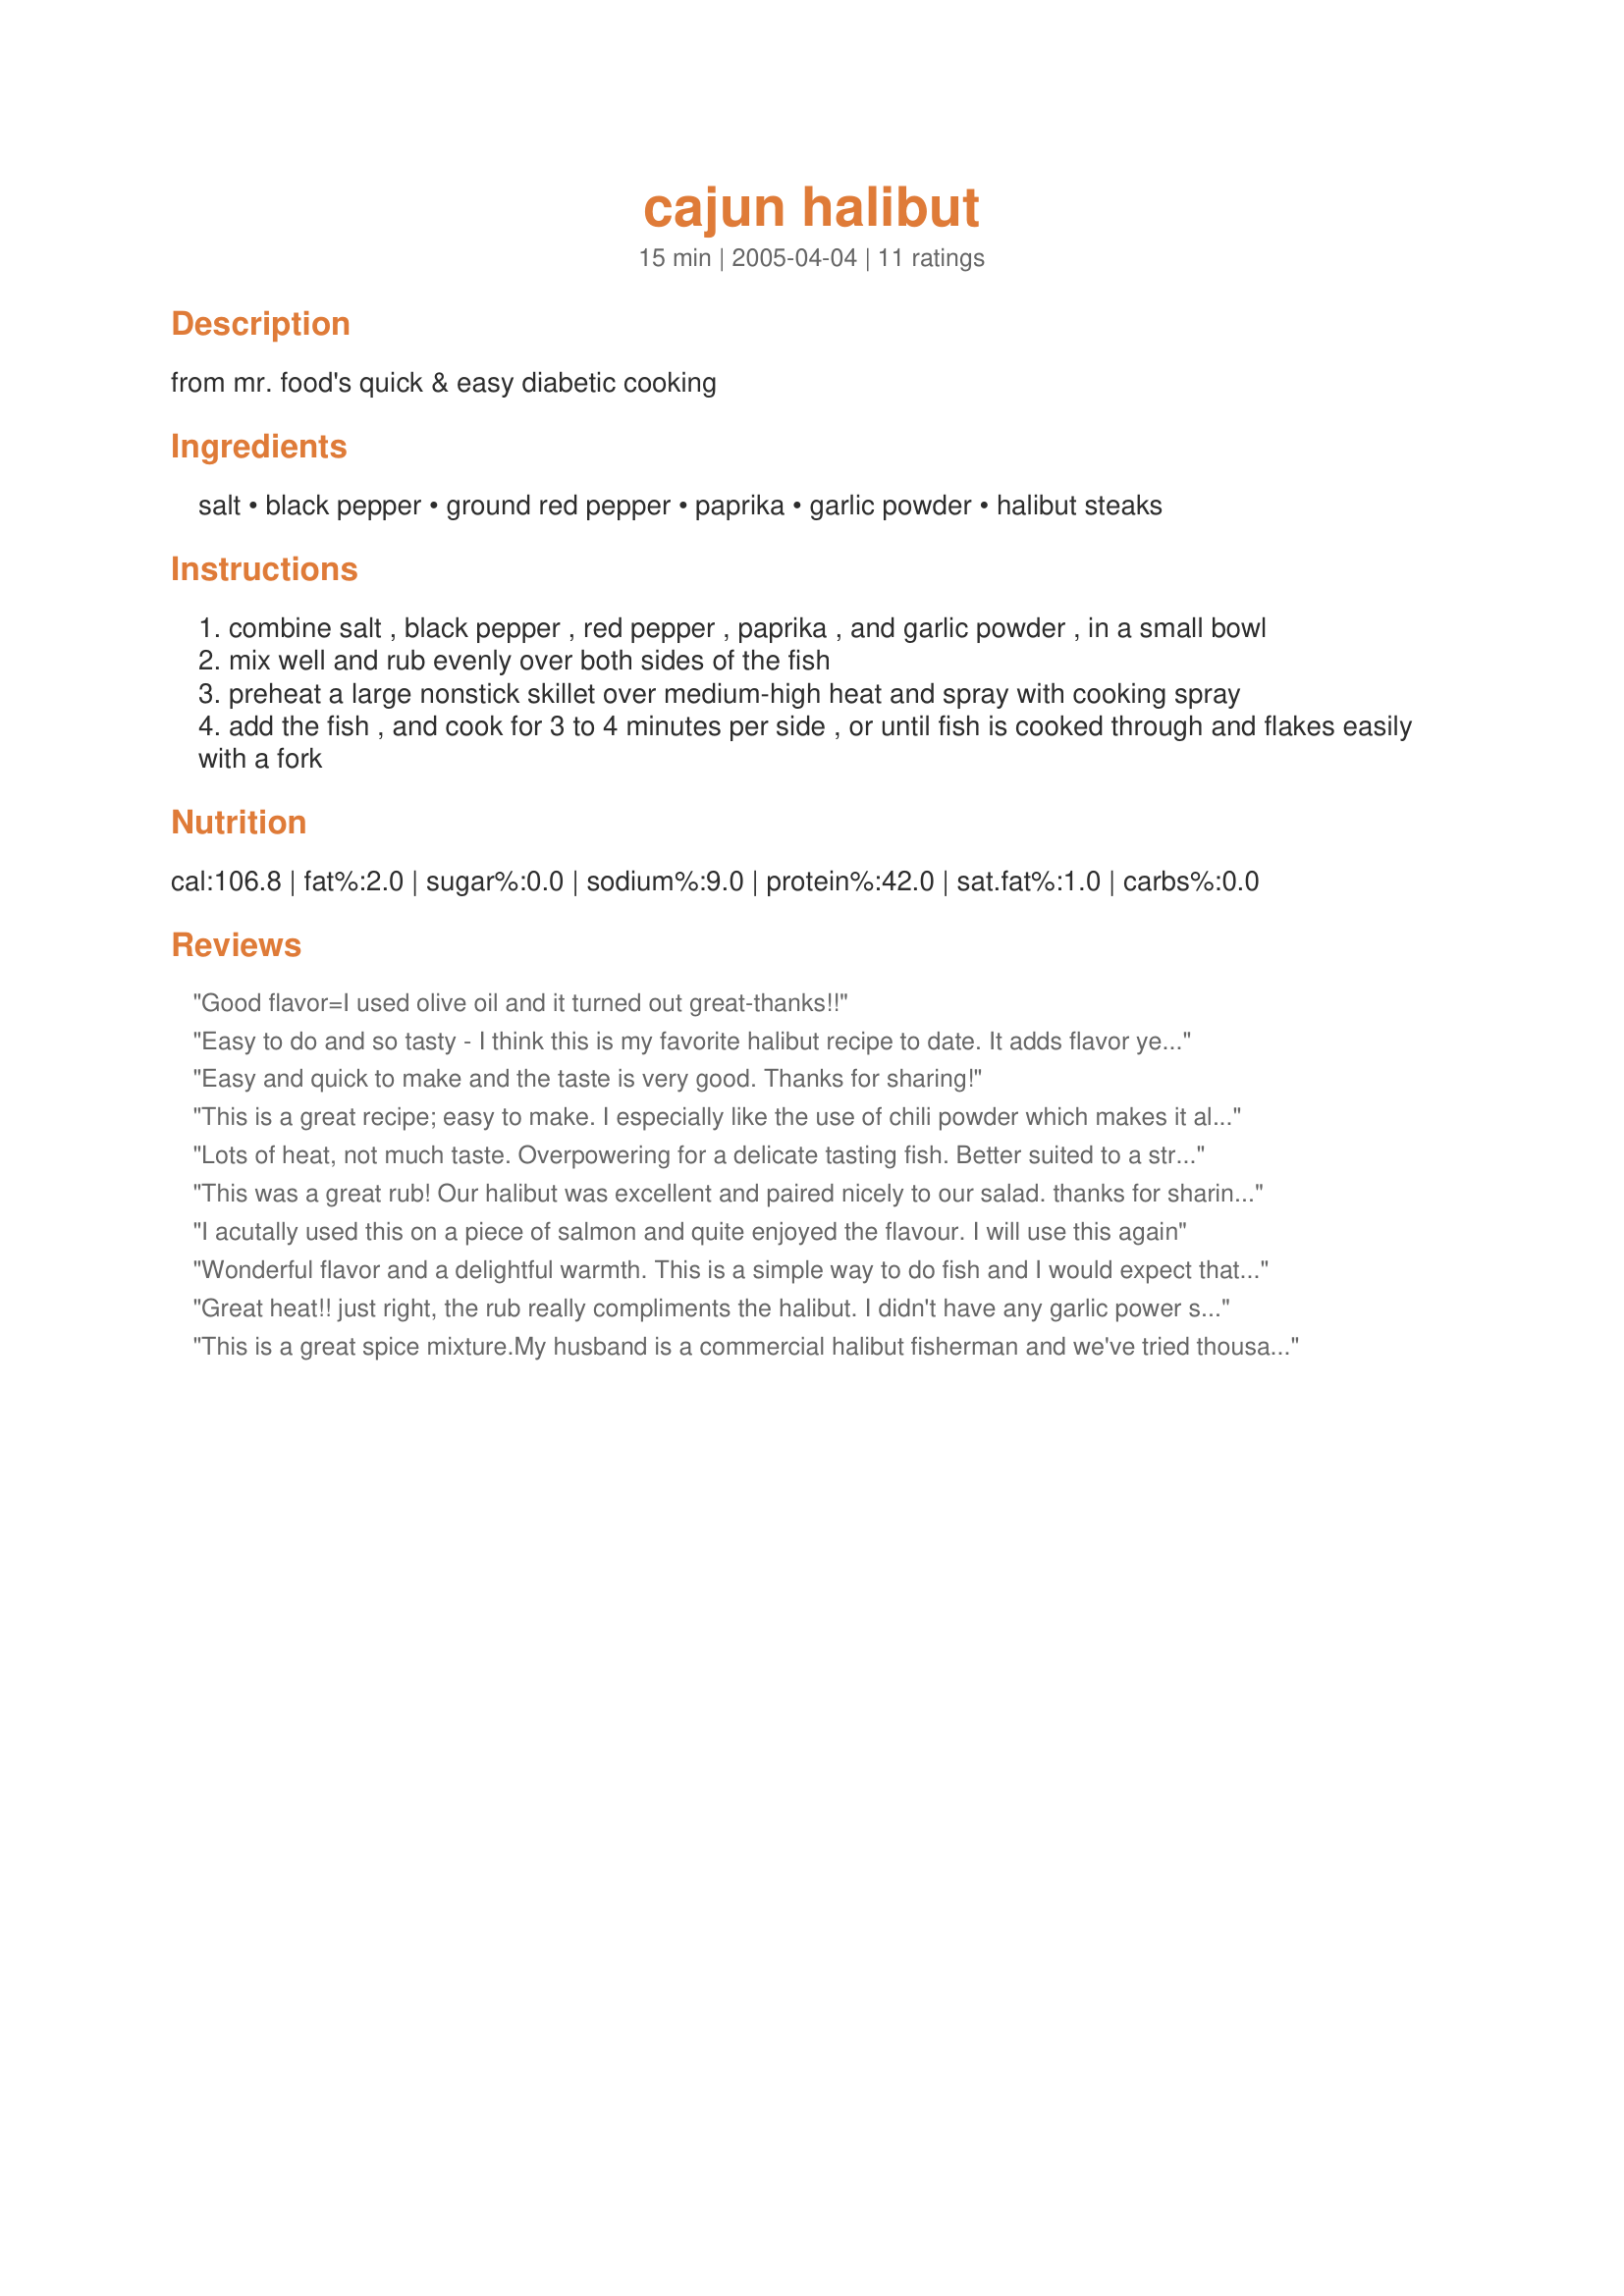
cajun halibut
Preparation time: 15 minutes

from mr. food's quick & easy diabetic cooking

Ingredients:
salt, black pepper, ground red pepper, paprika, garlic powder, halibut steaks

Steps:
combine salt , black pepper , red pepper , paprika , and garlic powder , in a small bowl
mix well and rub evenly over both sides of the fish
preheat a large nonstick skillet over medium-high heat and spray with cooking spray
add the fish , and cook for 3 to 4 minutes per side , or until fish is cooked through and flakes easily with a fork

Reviews:
Good flavor=I used olive oil and it turned out great-thanks!!
Easy to do and so tasty - I think this is my favorite halibut recipe to date. It adds flavor yet does not detract from the fish's natural taste - it compliments it. I served it with steamed carrots and mashed potatoes with Kale Thanks Moiranne for a wonderful dinner

16 Sept 2008 Made again and enjoyeda as much this time as last
Easy and quick to make and the taste is very good. Thanks for sharing!
This is a great recipe; easy to make. I especially like the use of chili powder which makes it almost a comfort food. Will definitely make it again!
Lots of heat, not much taste. Overpowering for a delicate tasting fish. Better suited to a stronger flavour like beef. Would not use on fish again.
This was a great rub! Our halibut was excellent and paired nicely to our salad. thanks for sharing, will absolutley use again! Later note: we do find this spicy! so, we can either cut down on the pepper, or just put less on each portion. We had haddock fillets tonight and then put it in a wrap with avocado, lettuce, toms, pickles and a little tartar...YUM!!
I acutally used this on a piece of salmon and quite enjoyed the flavour. I will use this again
Wonderful flavor and a delightful warmth. This is a simple way to do fish and I would expect that it's equaly good with meats. I cooked it under the broiler and it came out gorgeous. It was served with a slaw salad and biscuits.
Great heat!! just right, the rub really compliments the halibut.
I didn't have any garlic power so I used fresh garlic, it worked just fine. Thanks for sharing we will be making this one agin!
This is a great spice mixture.<br/>My husband is a commercial halibut fisherman and we've tried thousands of different recipes. This one is great for a simple meal. I didn't heap the spice on, maybe the person who claimed it was overpowering made this mistake since I don't think it was overpowering at all.<br/>Thanks!
KILLER RECIPE! I've used the same season combination on chicken and ground beef and they have all came out VERY well.
